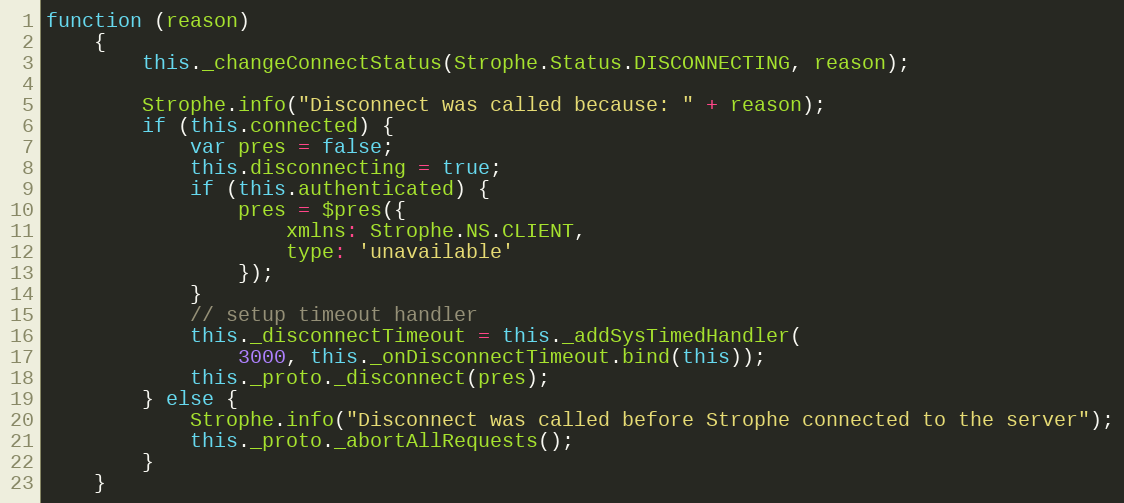
Language: JavaScript
function (reason)
    {
        this._changeConnectStatus(Strophe.Status.DISCONNECTING, reason);

        Strophe.info("Disconnect was called because: " + reason);
        if (this.connected) {
            var pres = false;
            this.disconnecting = true;
            if (this.authenticated) {
                pres = $pres({
                    xmlns: Strophe.NS.CLIENT,
                    type: 'unavailable'
                });
            }
            // setup timeout handler
            this._disconnectTimeout = this._addSysTimedHandler(
                3000, this._onDisconnectTimeout.bind(this));
            this._proto._disconnect(pres);
        } else {
            Strophe.info("Disconnect was called before Strophe connected to the server");
            this._proto._abortAllRequests();
        }
    }